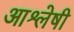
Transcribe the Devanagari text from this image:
आश्लेषी